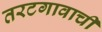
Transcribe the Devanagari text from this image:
तरटगावाची